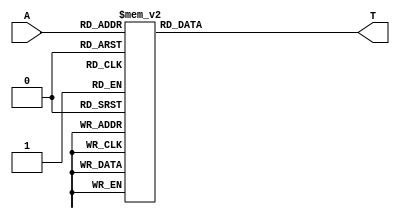
// -----------------------------------------------------------------------------
//Actel Corporation Proprietary and Confidential
//Copyright 2008 Actel Corporation. All rights reserved.
//
//ANY USE OR REDISTRIBUTION IN PART OR IN WHOLE MUST BE HANDLED IN
//ACCORDANCE WITH THE ACTEL LICENSE AGREEMENT AND MUST BE APPROVED
//IN ADVANCE IN WRITING.
//
//Description:  CoreFFT RTL 
//              Customized Twiddle Coefficients 
//
//Revision Information:
//Date         Description
//05Nov2009    Initial Release 
//
//SVN Revision Information:
//SVN $Revision: $
//SVN $Data: $
//
//Resolved SARs
//SAR     Date    Who         Description
//
//Notes:

`timescale 1 ns/100 ps

module adc_fft_if_COREFFT_0_twiddle (A,T);
  parameter TDWIDTH = 16;
  parameter LOGPTS  = 5;

  input	[LOGPTS-2:0]	A;	// Address
  output reg [TDWIDTH-1:0]	T;	// Table output

  always @ (A)
    case (A) // synopsys parallel_case
      8'h0: T=32'b00000000000000000111111111111111;  //     0 32767
      8'h1: T=32'b11111110011011100111111111111101;  //  -402 32765
      8'h2: T=32'b11111100110111000111111111110101;  //  -804 32757
      8'h3: T=32'b11111011010010100111111111101001;  // -1206 32745
      8'h4: T=32'b11111001101110000111111111011000;  // -1608 32728
      8'h5: T=32'b11111000001001110111111111000001;  // -2009 32705
      8'h6: T=32'b11110110100101100111111110100110;  // -2410 32678
      8'h7: T=32'b11110101000001010111111110000110;  // -2811 32646
      8'h8: T=32'b11110011011101000111111101100001;  // -3212 32609
      8'h9: T=32'b11110001111001000111111100110111;  // -3612 32567
      8'ha: T=32'b11110000010101010111111100001001;  // -4011 32521
      8'hb: T=32'b11101110110001100111111011010101;  // -4410 32469
      8'hc: T=32'b11101101001110000111111010011100;  // -4808 32412
      8'hd: T=32'b11101011101010110111111001011111;  // -5205 32351
      8'he: T=32'b11101010000111100111111000011101;  // -5602 32285
      8'hf: T=32'b11101000100100100111110111010101;  // -5998 32213
      8'h10: T=32'b11100111000001110111110110001001;  // -6393 32137
      8'h11: T=32'b11100101011111100111110100111001;  // -6786 32057
      8'h12: T=32'b11100011111101010111110011100011;  // -7179 31971
      8'h13: T=32'b11100010011011010111110010001000;  // -7571 31880
      8'h14: T=32'b11100000111001100111110000101001;  // -7962 31785
      8'h15: T=32'b11011111011000010111101111000101;  // -8351 31685
      8'h16: T=32'b11011101110111010111101101011100;  // -8739 31580
      8'h17: T=32'b11011100010110100111101011101110;  // -9126 31470
      8'h18: T=32'b11011010110110000111101001111100;  // -9512 31356
      8'h19: T=32'b11011001010110000111101000000101;  // -9896 31237
      8'h1a: T=32'b11010111110110100111100110001001;  // -10278 31113
      8'h1b: T=32'b11010110010111010111100100001001;  // -10659 30985
      8'h1c: T=32'b11010100111000010111100010000100;  // -11039 30852
      8'h1d: T=32'b11010011011001110111011111111010;  // -11417 30714
      8'h1e: T=32'b11010001111011110111011101101011;  // -11793 30571
      8'h1f: T=32'b11010000011110010111011011011000;  // -12167 30424
      8'h20: T=32'b11001111000001010111011001000001;  // -12539 30273
      8'h21: T=32'b11001101100100100111010110100101;  // -12910 30117
      8'h22: T=32'b11001100001000010111010100000100;  // -13279 29956
      8'h23: T=32'b11001010101100110111010001011111;  // -13645 29791
      8'h24: T=32'b11001001010001100111001110110101;  // -14010 29621
      8'h25: T=32'b11000111110111000111001100000111;  // -14372 29447
      8'h26: T=32'b11000110011101000111001001010100;  // -14732 29268
      8'h27: T=32'b11000101000011100111000110011101;  // -15090 29085
      8'h28: T=32'b11000011101010100111000011100010;  // -15446 28898
      8'h29: T=32'b11000010010010000111000000100010;  // -15800 28706
      8'h2a: T=32'b11000000111010010110111101011110;  // -16151 28510
      8'h2b: T=32'b10111111100011010110111010010110;  // -16499 28310
      8'h2c: T=32'b10111110001100100110110111001001;  // -16846 28105
      8'h2d: T=32'b10111100110110110110110011111000;  // -17189 27896
      8'h2e: T=32'b10111011100001100110110000100011;  // -17530 27683
      8'h2f: T=32'b10111010001100110110101101001010;  // -17869 27466
      8'h30: T=32'b10111000111001000110101001101101;  // -18204 27245
      8'h31: T=32'b10110111100101110110100110001011;  // -18537 27019
      8'h32: T=32'b10110110010011000110100010100110;  // -18868 26790
      8'h33: T=32'b10110101000001010110011110111100;  // -19195 26556
      8'h34: T=32'b10110011110000010110011011001111;  // -19519 26319
      8'h35: T=32'b10110010011111110110010111011101;  // -19841 26077
      8'h36: T=32'b10110001010000010110010011101000;  // -20159 25832
      8'h37: T=32'b10110000000001010110001111101110;  // -20475 25582
      8'h38: T=32'b10101110110011010110001011110001;  // -20787 25329
      8'h39: T=32'b10101101100110000110000111110000;  // -21096 25072
      8'h3a: T=32'b10101100011001010110000011101011;  // -21403 24811
      8'h3b: T=32'b10101011001101110101111111100011;  // -21705 24547
      8'h3c: T=32'b10101010000010110101111011010111;  // -22005 24279
      8'h3d: T=32'b10101000111000110101110111000111;  // -22301 24007
      8'h3e: T=32'b10100111101111100101110010110011;  // -22594 23731
      8'h3f: T=32'b10100110100111000101101110011100;  // -22884 23452
      8'h40: T=32'b10100101011111100101101010000010;  // -23170 23170
      8'h41: T=32'b10100100011001000101100101100100;  // -23452 22884
      8'h42: T=32'b10100011010011010101100001000010;  // -23731 22594
      8'h43: T=32'b10100010001110010101011100011101;  // -24007 22301
      8'h44: T=32'b10100001001010010101010111110101;  // -24279 22005
      8'h45: T=32'b10100000000111010101010011001001;  // -24547 21705
      8'h46: T=32'b10011111000101010101001110011011;  // -24811 21403
      8'h47: T=32'b10011110000100000101001001101000;  // -25072 21096
      8'h48: T=32'b10011101000011110101000100110011;  // -25329 20787
      8'h49: T=32'b10011100000100100100111111111011;  // -25582 20475
      8'h4a: T=32'b10011011000110000100111010111111;  // -25832 20159
      8'h4b: T=32'b10011010001000110100110110000001;  // -26077 19841
      8'h4c: T=32'b10011001001100010100110000111111;  // -26319 19519
      8'h4d: T=32'b10011000010001000100101011111011;  // -26556 19195
      8'h4e: T=32'b10010111010110100100100110110100;  // -26790 18868
      8'h4f: T=32'b10010110011101010100100001101001;  // -27019 18537
      8'h50: T=32'b10010101100100110100011100011100;  // -27245 18204
      8'h51: T=32'b10010100101101100100010111001101;  // -27466 17869
      8'h52: T=32'b10010011110111010100010001111010;  // -27683 17530
      8'h53: T=32'b10010011000010000100001100100101;  // -27896 17189
      8'h54: T=32'b10010010001101110100000111001110;  // -28105 16846
      8'h55: T=32'b10010001011010100100000001110011;  // -28310 16499
      8'h56: T=32'b10010000101000100011111100010111;  // -28510 16151
      8'h57: T=32'b10001111110111100011110110111000;  // -28706 15800
      8'h58: T=32'b10001111000111100011110001010110;  // -28898 15446
      8'h59: T=32'b10001110011000110011101011110010;  // -29085 15090
      8'h5a: T=32'b10001101101011000011100110001100;  // -29268 14732
      8'h5b: T=32'b10001100111110010011100000100100;  // -29447 14372
      8'h5c: T=32'b10001100010010110011011010111010;  // -29621 14010
      8'h5d: T=32'b10001011101000010011010101001101;  // -29791 13645
      8'h5e: T=32'b10001010111111000011001111011111;  // -29956 13279
      8'h5f: T=32'b10001010010110110011001001101110;  // -30117 12910
      8'h60: T=32'b10001001101111110011000011111011;  // -30273 12539
      8'h61: T=32'b10001001001010000010111110000111;  // -30424 12167
      8'h62: T=32'b10001000100101010010111000010001;  // -30571 11793
      8'h63: T=32'b10001000000001100010110010011001;  // -30714 11417
      8'h64: T=32'b10000111011111000010101100011111;  // -30852 11039
      8'h65: T=32'b10000110111101110010100110100011;  // -30985 10659
      8'h66: T=32'b10000110011101110010100000100110;  // -31113 10278
      8'h67: T=32'b10000101111110110010011010101000;  // -31237  9896
      8'h68: T=32'b10000101100001000010010100101000;  // -31356  9512
      8'h69: T=32'b10000101000100100010001110100110;  // -31470  9126
      8'h6a: T=32'b10000100101001000010001000100011;  // -31580  8739
      8'h6b: T=32'b10000100001110110010000010011111;  // -31685  8351
      8'h6c: T=32'b10000011110101110001111100011010;  // -31785  7962
      8'h6d: T=32'b10000011011110000001110110010011;  // -31880  7571
      8'h6e: T=32'b10000011000111010001110000001011;  // -31971  7179
      8'h6f: T=32'b10000010110001110001101010000010;  // -32057  6786
      8'h70: T=32'b10000010011101110001100011111001;  // -32137  6393
      8'h71: T=32'b10000010001010110001011101101110;  // -32213  5998
      8'h72: T=32'b10000001111000110001010111100010;  // -32285  5602
      8'h73: T=32'b10000001101000010001010001010101;  // -32351  5205
      8'h74: T=32'b10000001011001000001001011001000;  // -32412  4808
      8'h75: T=32'b10000001001010110001000100111010;  // -32469  4410
      8'h76: T=32'b10000000111101110000111110101011;  // -32521  4011
      8'h77: T=32'b10000000110010010000111000011100;  // -32567  3612
      8'h78: T=32'b10000000100111110000110010001100;  // -32609  3212
      8'h79: T=32'b10000000011110100000101011111011;  // -32646  2811
      8'h7a: T=32'b10000000010110100000100101101010;  // -32678  2410
      8'h7b: T=32'b10000000001111110000011111011001;  // -32705  2009
      8'h7c: T=32'b10000000001010000000011001001000;  // -32728  1608
      8'h7d: T=32'b10000000000101110000010010110110;  // -32745  1206
      8'h7e: T=32'b10000000000010110000001100100100;  // -32757   804
      8'h7f: T=32'b10000000000000110000000110010010;  // -32765   402
      8'h80: T=32'b10000000000000010000000000000000;  // -32767     0
      8'h81: T=32'b10000000000000111111111001101110;  // -32765  -402
      8'h82: T=32'b10000000000010111111110011011100;  // -32757  -804
      8'h83: T=32'b10000000000101111111101101001010;  // -32745 -1206
      8'h84: T=32'b10000000001010001111100110111000;  // -32728 -1608
      8'h85: T=32'b10000000001111111111100000100111;  // -32705 -2009
      8'h86: T=32'b10000000010110101111011010010110;  // -32678 -2410
      8'h87: T=32'b10000000011110101111010100000101;  // -32646 -2811
      8'h88: T=32'b10000000100111111111001101110100;  // -32609 -3212
      8'h89: T=32'b10000000110010011111000111100100;  // -32567 -3612
      8'h8a: T=32'b10000000111101111111000001010101;  // -32521 -4011
      8'h8b: T=32'b10000001001010111110111011000110;  // -32469 -4410
      8'h8c: T=32'b10000001011001001110110100111000;  // -32412 -4808
      8'h8d: T=32'b10000001101000011110101110101011;  // -32351 -5205
      8'h8e: T=32'b10000001111000111110101000011110;  // -32285 -5602
      8'h8f: T=32'b10000010001010111110100010010010;  // -32213 -5998
      8'h90: T=32'b10000010011101111110011100000111;  // -32137 -6393
      8'h91: T=32'b10000010110001111110010101111110;  // -32057 -6786
      8'h92: T=32'b10000011000111011110001111110101;  // -31971 -7179
      8'h93: T=32'b10000011011110001110001001101101;  // -31880 -7571
      8'h94: T=32'b10000011110101111110000011100110;  // -31785 -7962
      8'h95: T=32'b10000100001110111101111101100001;  // -31685 -8351
      8'h96: T=32'b10000100101001001101110111011101;  // -31580 -8739
      8'h97: T=32'b10000101000100101101110001011010;  // -31470 -9126
      8'h98: T=32'b10000101100001001101101011011000;  // -31356 -9512
      8'h99: T=32'b10000101111110111101100101011000;  // -31237 -9896
      8'h9a: T=32'b10000110011101111101011111011010;  // -31113 -10278
      8'h9b: T=32'b10000110111101111101011001011101;  // -30985 -10659
      8'h9c: T=32'b10000111011111001101010011100001;  // -30852 -11039
      8'h9d: T=32'b10001000000001101101001101100111;  // -30714 -11417
      8'h9e: T=32'b10001000100101011101000111101111;  // -30571 -11793
      8'h9f: T=32'b10001001001010001101000001111001;  // -30424 -12167
      8'ha0: T=32'b10001001101111111100111100000101;  // -30273 -12539
      8'ha1: T=32'b10001010010110111100110110010010;  // -30117 -12910
      8'ha2: T=32'b10001010111111001100110000100001;  // -29956 -13279
      8'ha3: T=32'b10001011101000011100101010110011;  // -29791 -13645
      8'ha4: T=32'b10001100010010111100100101000110;  // -29621 -14010
      8'ha5: T=32'b10001100111110011100011111011100;  // -29447 -14372
      8'ha6: T=32'b10001101101011001100011001110100;  // -29268 -14732
      8'ha7: T=32'b10001110011000111100010100001110;  // -29085 -15090
      8'ha8: T=32'b10001111000111101100001110101010;  // -28898 -15446
      8'ha9: T=32'b10001111110111101100001001001000;  // -28706 -15800
      8'haa: T=32'b10010000101000101100000011101001;  // -28510 -16151
      8'hab: T=32'b10010001011010101011111110001101;  // -28310 -16499
      8'hac: T=32'b10010010001101111011111000110010;  // -28105 -16846
      8'had: T=32'b10010011000010001011110011011011;  // -27896 -17189
      8'hae: T=32'b10010011110111011011101110000110;  // -27683 -17530
      8'haf: T=32'b10010100101101101011101000110011;  // -27466 -17869
      8'hb0: T=32'b10010101100100111011100011100100;  // -27245 -18204
      8'hb1: T=32'b10010110011101011011011110010111;  // -27019 -18537
      8'hb2: T=32'b10010111010110101011011001001100;  // -26790 -18868
      8'hb3: T=32'b10011000010001001011010100000101;  // -26556 -19195
      8'hb4: T=32'b10011001001100011011001111000001;  // -26319 -19519
      8'hb5: T=32'b10011010001000111011001001111111;  // -26077 -19841
      8'hb6: T=32'b10011011000110001011000101000001;  // -25832 -20159
      8'hb7: T=32'b10011100000100101011000000000101;  // -25582 -20475
      8'hb8: T=32'b10011101000011111010111011001101;  // -25329 -20787
      8'hb9: T=32'b10011110000100001010110110011000;  // -25072 -21096
      8'hba: T=32'b10011111000101011010110001100101;  // -24811 -21403
      8'hbb: T=32'b10100000000111011010101100110111;  // -24547 -21705
      8'hbc: T=32'b10100001001010011010101000001011;  // -24279 -22005
      8'hbd: T=32'b10100010001110011010100011100011;  // -24007 -22301
      8'hbe: T=32'b10100011010011011010011110111110;  // -23731 -22594
      8'hbf: T=32'b10100100011001001010011010011100;  // -23452 -22884
      8'hc0: T=32'b10100101011111101010010101111110;  // -23170 -23170
      8'hc1: T=32'b10100110100111001010010001100100;  // -22884 -23452
      8'hc2: T=32'b10100111101111101010001101001101;  // -22594 -23731
      8'hc3: T=32'b10101000111000111010001000111001;  // -22301 -24007
      8'hc4: T=32'b10101010000010111010000100101001;  // -22005 -24279
      8'hc5: T=32'b10101011001101111010000000011101;  // -21705 -24547
      8'hc6: T=32'b10101100011001011001111100010101;  // -21403 -24811
      8'hc7: T=32'b10101101100110001001111000010000;  // -21096 -25072
      8'hc8: T=32'b10101110110011011001110100001111;  // -20787 -25329
      8'hc9: T=32'b10110000000001011001110000010010;  // -20475 -25582
      8'hca: T=32'b10110001010000011001101100011000;  // -20159 -25832
      8'hcb: T=32'b10110010011111111001101000100011;  // -19841 -26077
      8'hcc: T=32'b10110011110000011001100100110001;  // -19519 -26319
      8'hcd: T=32'b10110101000001011001100001000100;  // -19195 -26556
      8'hce: T=32'b10110110010011001001011101011010;  // -18868 -26790
      8'hcf: T=32'b10110111100101111001011001110101;  // -18537 -27019
      8'hd0: T=32'b10111000111001001001010110010011;  // -18204 -27245
      8'hd1: T=32'b10111010001100111001010010110110;  // -17869 -27466
      8'hd2: T=32'b10111011100001101001001111011101;  // -17530 -27683
      8'hd3: T=32'b10111100110110111001001100001000;  // -17189 -27896
      8'hd4: T=32'b10111110001100101001001000110111;  // -16846 -28105
      8'hd5: T=32'b10111111100011011001000101101010;  // -16499 -28310
      8'hd6: T=32'b11000000111010011001000010100010;  // -16151 -28510
      8'hd7: T=32'b11000010010010001000111111011110;  // -15800 -28706
      8'hd8: T=32'b11000011101010101000111100011110;  // -15446 -28898
      8'hd9: T=32'b11000101000011101000111001100011;  // -15090 -29085
      8'hda: T=32'b11000110011101001000110110101100;  // -14732 -29268
      8'hdb: T=32'b11000111110111001000110011111001;  // -14372 -29447
      8'hdc: T=32'b11001001010001101000110001001011;  // -14010 -29621
      8'hdd: T=32'b11001010101100111000101110100001;  // -13645 -29791
      8'hde: T=32'b11001100001000011000101011111100;  // -13279 -29956
      8'hdf: T=32'b11001101100100101000101001011011;  // -12910 -30117
      8'he0: T=32'b11001111000001011000100110111111;  // -12539 -30273
      8'he1: T=32'b11010000011110011000100100101000;  // -12167 -30424
      8'he2: T=32'b11010001111011111000100010010101;  // -11793 -30571
      8'he3: T=32'b11010011011001111000100000000110;  // -11417 -30714
      8'he4: T=32'b11010100111000011000011101111100;  // -11039 -30852
      8'he5: T=32'b11010110010111011000011011110111;  // -10659 -30985
      8'he6: T=32'b11010111110110101000011001110111;  // -10278 -31113
      8'he7: T=32'b11011001010110001000010111111011;  // -9896 -31237
      8'he8: T=32'b11011010110110001000010110000100;  // -9512 -31356
      8'he9: T=32'b11011100010110101000010100010010;  // -9126 -31470
      8'hea: T=32'b11011101110111011000010010100100;  // -8739 -31580
      8'heb: T=32'b11011111011000011000010000111011;  // -8351 -31685
      8'hec: T=32'b11100000111001101000001111010111;  // -7962 -31785
      8'hed: T=32'b11100010011011011000001101111000;  // -7571 -31880
      8'hee: T=32'b11100011111101011000001100011101;  // -7179 -31971
      8'hef: T=32'b11100101011111101000001011000111;  // -6786 -32057
      8'hf0: T=32'b11100111000001111000001001110111;  // -6393 -32137
      8'hf1: T=32'b11101000100100101000001000101011;  // -5998 -32213
      8'hf2: T=32'b11101010000111101000000111100011;  // -5602 -32285
      8'hf3: T=32'b11101011101010111000000110100001;  // -5205 -32351
      8'hf4: T=32'b11101101001110001000000101100100;  // -4808 -32412
      8'hf5: T=32'b11101110110001101000000100101011;  // -4410 -32469
      8'hf6: T=32'b11110000010101011000000011110111;  // -4011 -32521
      8'hf7: T=32'b11110001111001001000000011001001;  // -3612 -32567
      8'hf8: T=32'b11110011011101001000000010011111;  // -3212 -32609
      8'hf9: T=32'b11110101000001011000000001111010;  // -2811 -32646
      8'hfa: T=32'b11110110100101101000000001011010;  // -2410 -32678
      8'hfb: T=32'b11111000001001111000000000111111;  // -2009 -32705
      8'hfc: T=32'b11111001101110001000000000101000;  // -1608 -32728
      8'hfd: T=32'b11111011010010101000000000010111;  // -1206 -32745
      8'hfe: T=32'b11111100110111001000000000001011;  //  -804 -32757
      8'hff: T=32'b11111110011011101000000000000011;  //  -402 -32765
      default: T=32'b0;
    endcase

endmodule